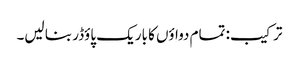
ترکیب: تمام دواؤں کا باریک پاؤڈر بنا لیں۔